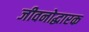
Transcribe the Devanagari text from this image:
जीवनोद्धारक